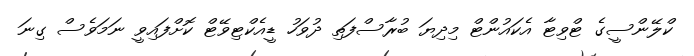
ކްލޭންސީގެ ޓްވިޓާ އެކައުންޓް މިދިޔަ ބުރާސްފަތި ދުވަހު ޑީއެކްޓިވޭޓް ކޮށްފައިވީ ނަމަވެސް ގިނަ